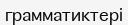
грамматиктері